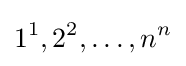
1^{1},2^{2},\dots ,n^{n}